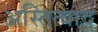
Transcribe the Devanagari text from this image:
अस्तित्वाद